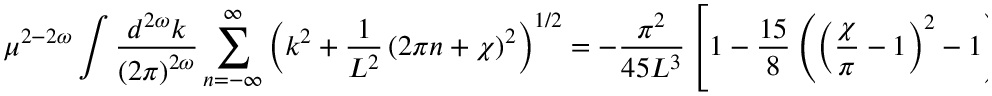
\mu ^ { 2 - 2 \omega } \int \frac { d ^ { 2 \omega } k } { \left( 2 \pi \right) ^ { 2 \omega } } \sum _ { n = - \infty } ^ { \infty } \left( k ^ { 2 } + \frac { 1 } { L ^ { 2 } } \left( 2 \pi n + \chi \right) ^ { 2 } \right) ^ { 1 / 2 } = - \frac { \pi ^ { 2 } } { 4 5 L ^ { 3 } } \left[ 1 - \frac { 1 5 } { 8 } \left( \left( \frac { \chi } { \pi } - 1 \right) ^ { 2 } - 1 \right) ^ { 2 } \right]